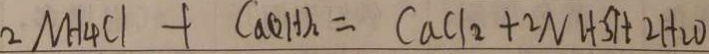
2 N H _ { 4 } C l + C a ( O H ) _ { 2 } = C a C l _ { 2 } + 2 N H _ { 3 } \uparrow + 2 H _ { 2 } O